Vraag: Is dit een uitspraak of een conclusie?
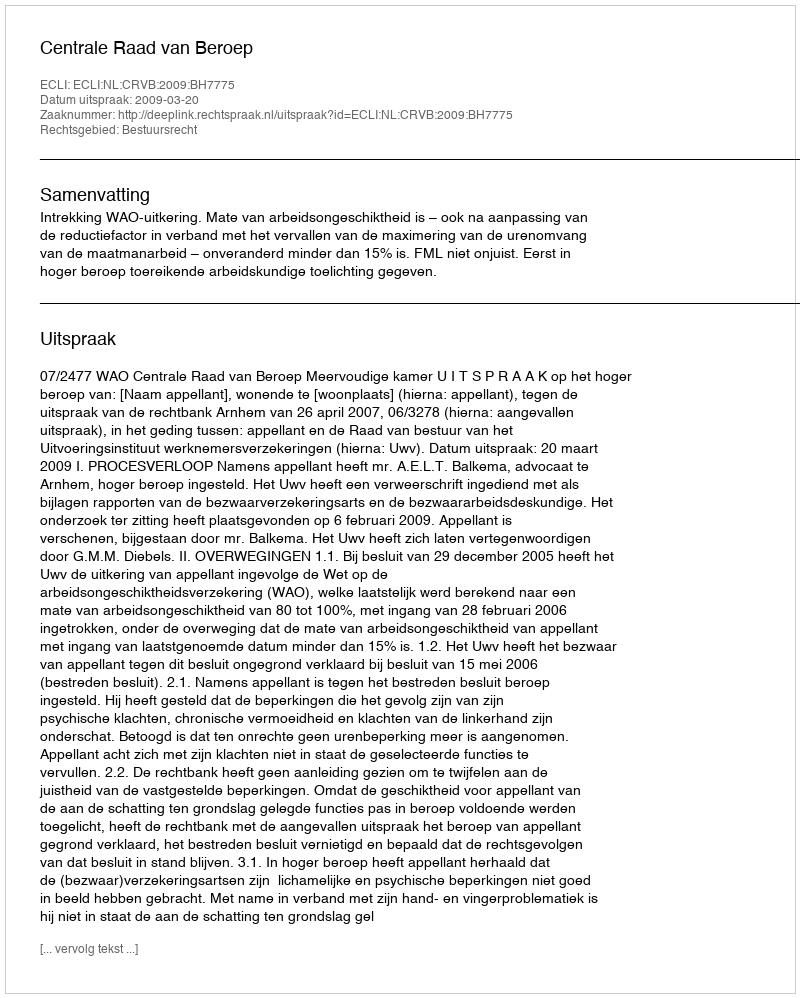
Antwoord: Uitspraak